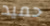
حميد